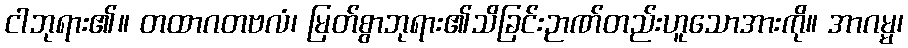
ငါဘုရား၏။ တထာဂတဗလံ၊ မြတ်စွာဘုရား၏သိခြင်းဉာဏ်တည်းဟူသောအားကို။ အာဂမ္မ၊